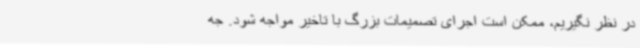
در نظر نگیریم، ممکن است اجرای تصمیمات بزرگ با تاخیر مواجه شود. جه